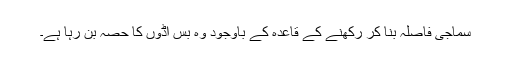
سماجی فاصلہ بنا کر رکھنے کے قاعدہ کے باوجود وہ بس اڈوں کا حصہ بن رہا ہے۔